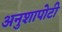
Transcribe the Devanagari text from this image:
अनुशापोटी